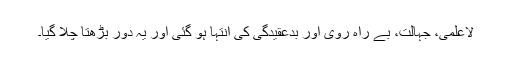
لاعلمی، جہالت، بے راہ روی اور بدعقیدگی کی انتہا ہو گئی اور یہ دور بڑھتا چلا گیا۔